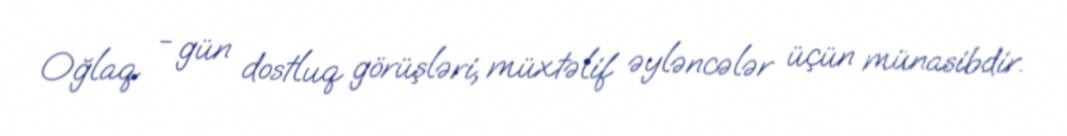
Oğlaq - gün dostluq görüşləri, müxtəlif əyləncələr üçün münasibdir.